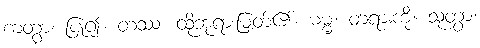
ကတွာ၊ ပြု၍။ တဿ၊ ထိုဘုရားမြတ်၏။ ဓမ္မံ၊ တရားကို။ သုတွာ၊